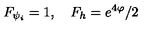
F _ { \psi _ { i } } = 1 , \quad F _ { h } = e ^ { 4 \varphi } / 2